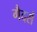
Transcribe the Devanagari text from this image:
गैदर्स